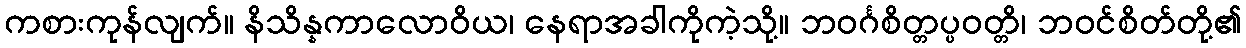
ကစားကုန်လျက်။ နိသိန္နကာလောဝိယ၊ နေရာအခါကိုကဲ့သို့။ ဘဝင်္ဂစိတ္တပ္ပဝတ္တိ၊ ဘဝင်စိတ်တို့၏